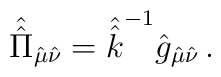
\hat{\hat{\Pi}}_{\hat{\mu}\hat{\nu}} =  \hat{\hat{k}}^{-1} \hat{g}_{\hat{\mu}\hat{\nu}}\, .